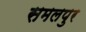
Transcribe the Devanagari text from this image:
समलपुर